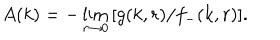
A ( k ) = - \lim _ { r \to 0 } \, [ g ( k , r ) / f _ { - } ( k , r ) ] .